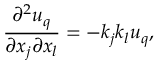
\frac { \partial ^ { 2 } u _ { q } } { \partial x _ { j } \partial x _ { l } } = - k _ { j } k _ { l } u _ { q } ,